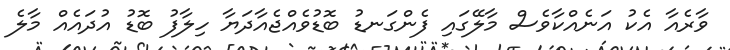
ވާރެއާ އެކު އަނެއްކާވެސް މާލޭގައި ފެންގަނޑު ބޮޑުވެއްޖެއާދަޔާ ހިލާފު ބޮޑު އުދައެއް މާލެ